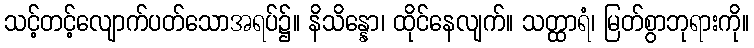
သင့်တင့်လျောက်ပတ်သောအရပ်၌။ နိသိန္နော၊ ထိုင်နေလျက်။ သတ္ထာရံ၊ မြတ်စွာဘုရားကို။